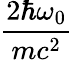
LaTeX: \frac{2\hbar\omega_{0}}{mc^{2}}